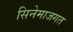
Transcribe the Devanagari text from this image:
सिनेमाजगत